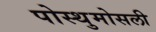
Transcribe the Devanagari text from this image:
पोस्थुमोसली